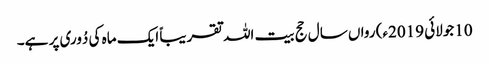
10جولائی 2019ء) رواں سال حج بیت اللہ تقریباً ایک ماہ کی دُوری پر ہے۔